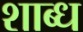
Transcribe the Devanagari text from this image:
शाब्ध